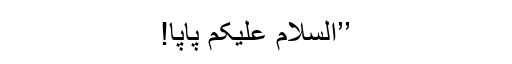
’’السلام علیکم پاپا!